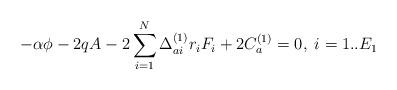
LaTeX: \begin{align*}-\alpha\phi-2qA-2\sum_{i=1}^N\Delta_{ai}^{(1)}r_iF_i+2C_a^{(1)}=0,\;i=1..E_1\end{align*}